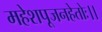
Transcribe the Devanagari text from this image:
महेशपूजनहेतोः।।